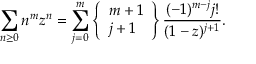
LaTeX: \sum _ { n \geq 0 } n ^ { m } z ^ { n } = \sum _ { j = 0 } ^ { m } \left\{ { \begin{array} { l } { m + 1 } \\ { j + 1 } \end{array} } \right\} { \frac { ( - 1 ) ^ { m - j } j ! } { ( 1 - z ) ^ { j + 1 } } } .